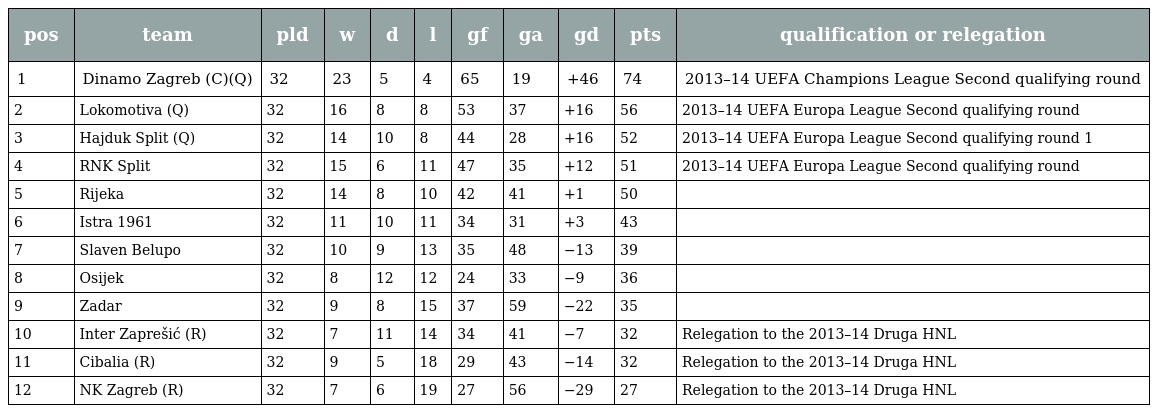
| pos | team | pld | w | d | l | gf | ga | gd | pts | qualification or relegation |
 | --- | --- | --- | --- | --- | --- | --- | --- | --- | --- | --- |
 | 1 | Dinamo Zagreb (C)(Q) | 32 | 23 | 5 | 4 | 65 | 19 | +46 | 74 | 2013–14 UEFA Champions League Second qualifying round |
 | 2 | Lokomotiva (Q) | 32 | 16 | 8 | 8 | 53 | 37 | +16 | 56 | 2013–14 UEFA Europa League Second qualifying round |
 | 3 | Hajduk Split (Q) | 32 | 14 | 10 | 8 | 44 | 28 | +16 | 52 | 2013–14 UEFA Europa League Second qualifying round 1 |
 | 4 | RNK Split | 32 | 15 | 6 | 11 | 47 | 35 | +12 | 51 | 2013–14 UEFA Europa League Second qualifying round |
 | 5 | Rijeka | 32 | 14 | 8 | 10 | 42 | 41 | +1 | 50 |  |
 | 6 | Istra 1961 | 32 | 11 | 10 | 11 | 34 | 31 | +3 | 43 |  |
 | 7 | Slaven Belupo | 32 | 10 | 9 | 13 | 35 | 48 | −13 | 39 |  |
 | 8 | Osijek | 32 | 8 | 12 | 12 | 24 | 33 | −9 | 36 |  |
 | 9 | Zadar | 32 | 9 | 8 | 15 | 37 | 59 | −22 | 35 |  |
 | 10 | Inter Zaprešić (R) | 32 | 7 | 11 | 14 | 34 | 41 | −7 | 32 | Relegation to the 2013–14 Druga HNL |
 | 11 | Cibalia (R) | 32 | 9 | 5 | 18 | 29 | 43 | −14 | 32 | Relegation to the 2013–14 Druga HNL |
 | 12 | NK Zagreb (R) | 32 | 7 | 6 | 19 | 27 | 56 | −29 | 27 | Relegation to the 2013–14 Druga HNL |